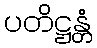
ပတိဋ္ဌန္တံ